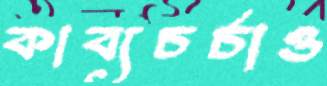
কাব্যচর্চাও